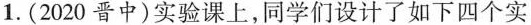
1.(2020晋中)实验课上，同学们设计了如下四个实